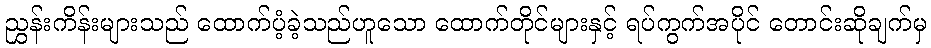
ညွှန်းကိန်းများသည် ထောက်ပံ့ခဲ့သည်ဟူသော ထောက်တိုင်များနှင့် ရပ်ကွက်အပိုင် တောင်းဆိုချက်မှ